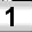
Digit: 1